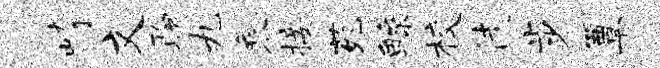
崎文聆九乘接苑鲧校徒步簟